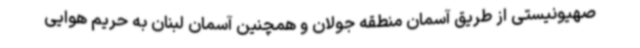
صهیونیستی از طریق آسمان منطقه جولان و همچنین آسمان لبنان به حریم هوایی